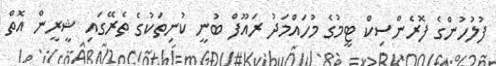
ފުލުހުންގެ ފޮރެންސިކް ޓީމުގެ މުހައްމަދު ރައޫފް ބުނީ ކުނިތަކުގެ ތެރޭގައި ޝީރީން އޮތް